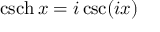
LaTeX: \operatorname { c s c h } x = i \csc ( i x )